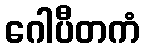
ဂေါပီတကံ